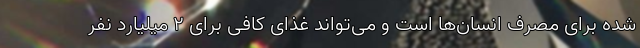
شده برای مصرف انسان‌ها است و می‌تواند غذای کافی برای ۲ میلیارد نفر